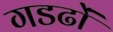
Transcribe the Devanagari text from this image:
गडढों